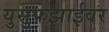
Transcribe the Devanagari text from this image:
युसुफझाईवर